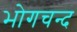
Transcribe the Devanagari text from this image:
भोगचन्द